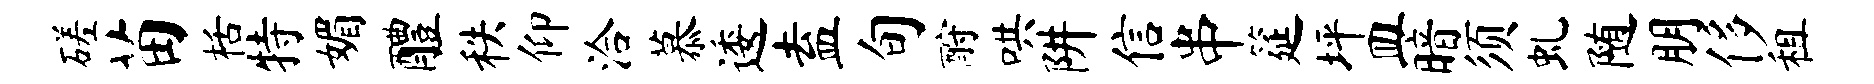
磋苗栝特媚醴秩仰洽慕逶盍旬酹哄阱信串筵坪皿暗须虬随朋侈租